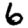
Digit: 6